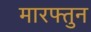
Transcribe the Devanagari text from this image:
मारफ्तुन